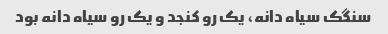
سنگک سیاه دانه، یک رو کنجد و یک رو سیاه دانه بود